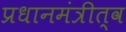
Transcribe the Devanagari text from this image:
प्रधानमंत्रीत्व